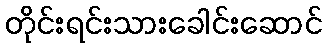
တိုင်းရင်းသားခေါင်းဆောင်